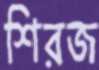
শিরজ